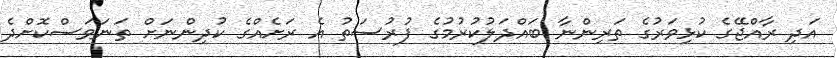
އަދި ރާއްޖޭގެ ކުޅިވަރުގެ ތަރިންނާ ބައްދަލުކުރުމުގެ ފުރުސަތު އެ ރަށެއްގެ ކުދިންނަށް ތަނަވަސްކޮށްދެ